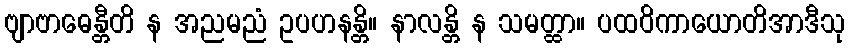
ဗျာဗာဓေန္တီတိ န အညမညံ ဥပဟနန္တိ။ နာလန္တိ န သမတ္ထာ။ ပထဝိကာယောတိအာဒီသု